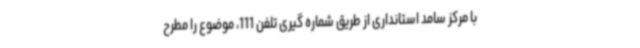
با مرکز سامد استانداری از طریق شماره گیری تلفن 111، موضوع را مطرح